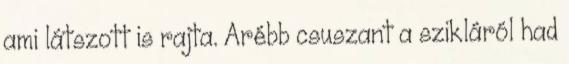
ami látszott is rajta. Arébb csuszant a szikláról had